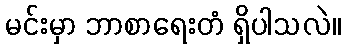
မင်းမှာ ဘာစာရေးတံ ရှိပါသလဲ။